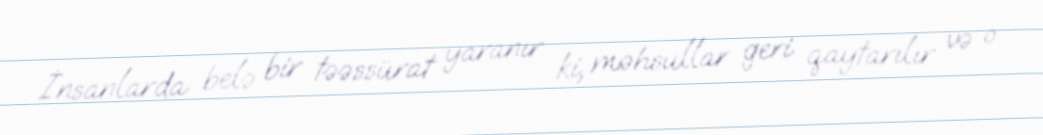
İnsanlarda belə bir təəssürat yaranır ki, məhsullar geri qaytarılır və o